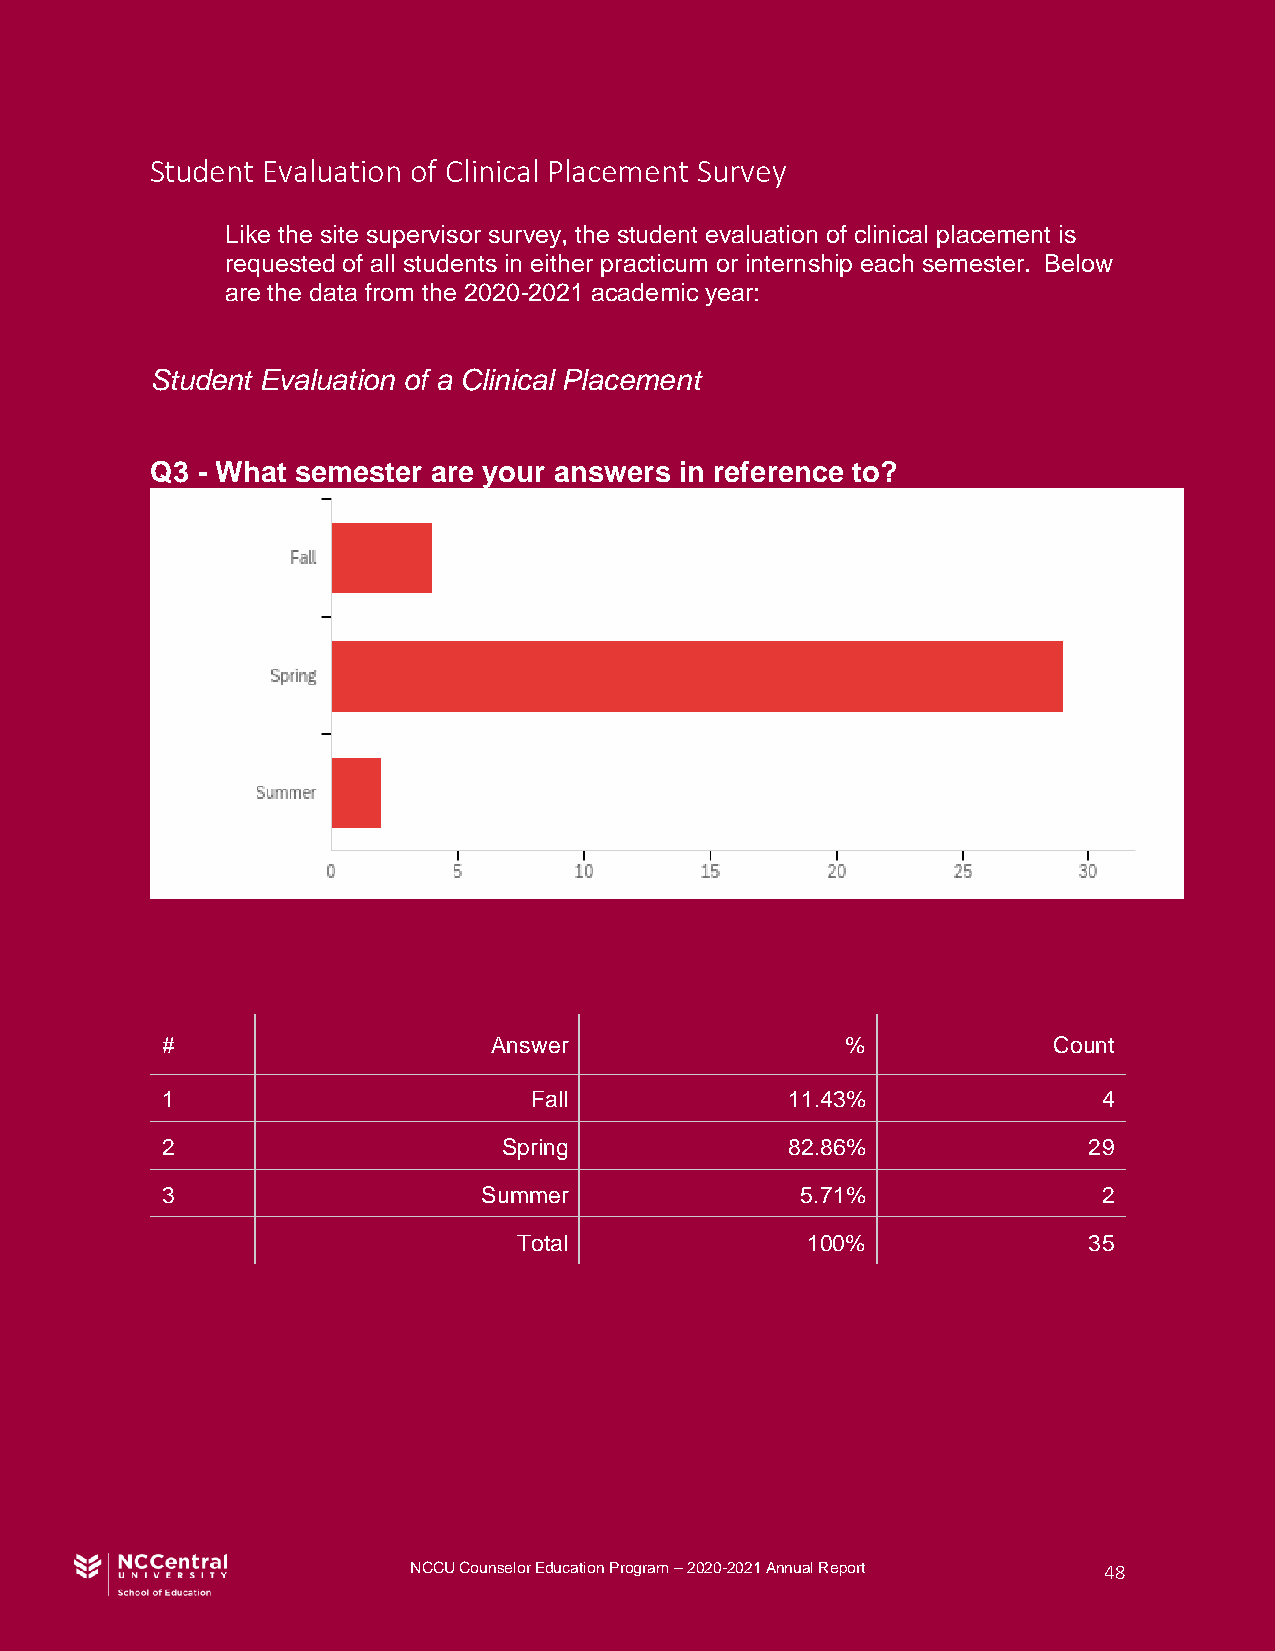
Student Evaluation of Clinical Placement Survey
 Like the site supervisor survey, the student evaluation of clinical placement is
 requested of all students in either practicum or internship each semester. Below
 are the data from the 2020-2021 academic year:
 Student Evaluation of a Clinical Placement
 Q3 - What semester are your answers in reference to?
 #                     Answer                 %             Count
 1                       Fall             11.43%               4
 2                     Spring             82.86%              29
 3                    Summer               5.71%               2
 Total              100%               35
 NCCU Counselor Education Program – 2020-2021 Annual Report 48